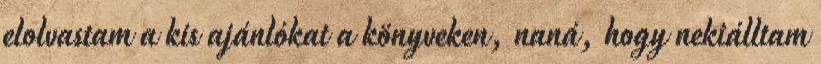
elolvastam a kis ajánlókat a könyveken, naná, hogy nekiálltam